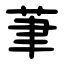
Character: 茟